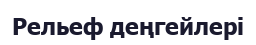
Рельеф деңгейлері